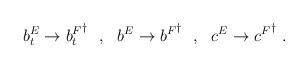
LaTeX: \begin{align*}b^E_t\rightarrow {b^F_t}^\dagger \ \ ,\ \ b^E\rightarrow {b^F}^\dagger \ \ ,\ \ c^E\rightarrow {c^F}^\dagger\ .\end{align*}